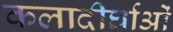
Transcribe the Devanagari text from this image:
कलादीर्घाओं